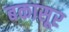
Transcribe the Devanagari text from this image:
बकासूर